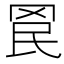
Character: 𮊄